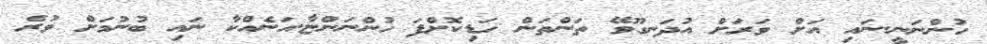
ހުންނަނީ.ނައި އަށް ވަރަށް އުދަނގޫވޭ ތަންތަން ހަޑިކޮށްފަ ހުންނަންޏާ.އަނެއްކާ ނައި ބުނުމަށް ވުރެ